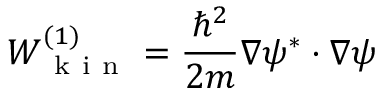
W _ { \mathrm { ~ k ~ i ~ n ~ } } ^ { ( 1 ) } = \frac { \hbar ^ { 2 } } { 2 m } \nabla \psi ^ { * } \cdot \nabla \psi